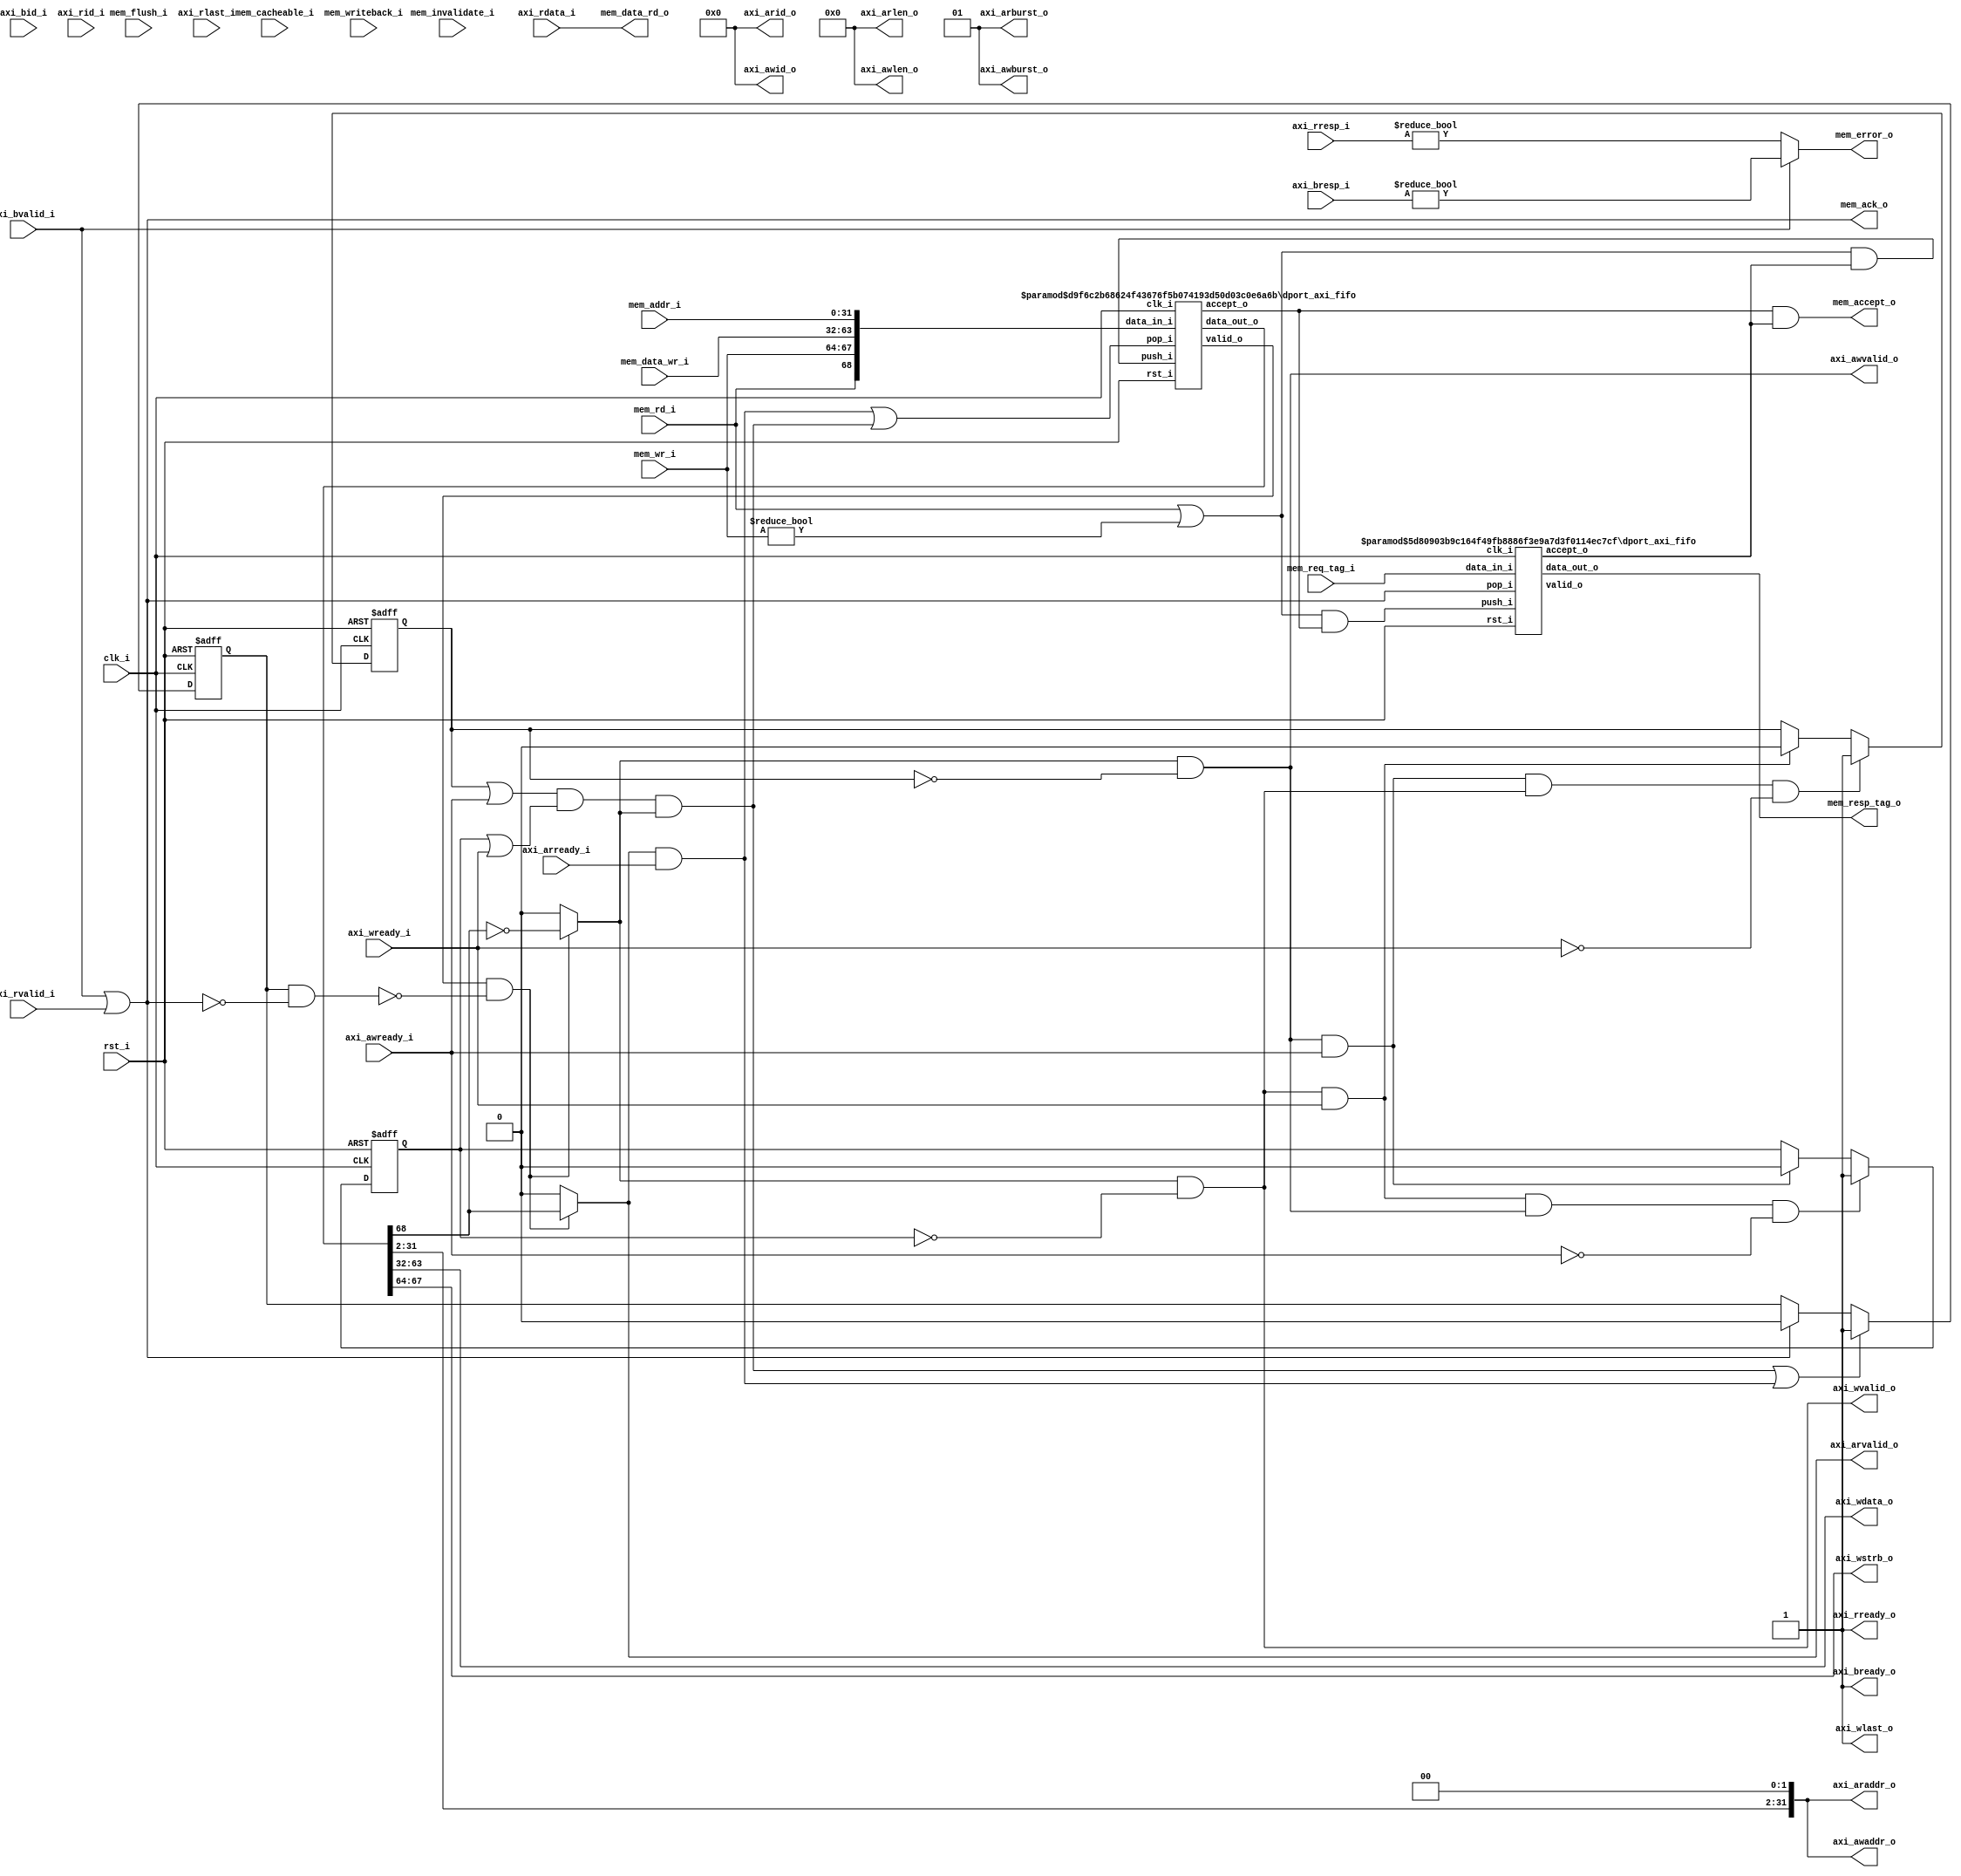
//-----------------------------------------------------------------
//                         RISC-V Top
//                            V0.6
//                     Ultra-Embedded.com
//                     Copyright 2014-2019
//
//                   admin@ultra-embedded.com
//
//                       License: BSD
//-----------------------------------------------------------------
//
// Copyright (c) 2014, Ultra-Embedded.com
// All rights reserved.
// 
// Redistribution and use in source and binary forms, with or without
// modification, are permitted provided that the following conditions 
// are met:
//   - Redistributions of source code must retain the above copyright
//     notice, this list of conditions and the following disclaimer.
//   - Redistributions in binary form must reproduce the above copyright
//     notice, this list of conditions and the following disclaimer 
//     in the documentation and/or other materials provided with the 
//     distribution.
//   - Neither the name of the author nor the names of its contributors 
//     may be used to endorse or promote products derived from this 
//     software without specific prior written permission.
// 
// THIS SOFTWARE IS PROVIDED BY THE COPYRIGHT HOLDERS AND CONTRIBUTORS 
// "AS IS" AND ANY EXPRESS OR IMPLIED WARRANTIES, INCLUDING, BUT NOT 
// LIMITED TO, THE IMPLIED WARRANTIES OF MERCHANTABILITY AND FITNESS FOR 
// A PARTICULAR PURPOSE ARE DISCLAIMED. IN NO EVENT SHALL THE AUTHOR BE 
// LIABLE FOR ANY DIRECT, INDIRECT, INCIDENTAL, SPECIAL, EXEMPLARY, OR 
// CONSEQUENTIAL DAMAGES (INCLUDING, BUT NOT LIMITED TO, PROCUREMENT OF 
// SUBSTITUTE GOODS OR SERVICES; LOSS OF USE, DATA, OR PROFITS; OR 
// BUSINESS INTERRUPTION) HOWEVER CAUSED AND ON ANY THEORY OF 
// LIABILITY, WHETHER IN CONTRACT, STRICT LIABILITY, OR TORT
// (INCLUDING NEGLIGENCE OR OTHERWISE) ARISING IN ANY WAY OUT OF 
// THE USE OF THIS SOFTWARE, EVEN IF ADVISED OF THE POSSIBILITY OF 
// SUCH DAMAGE.
//-----------------------------------------------------------------

//-----------------------------------------------------------------
//                          Generated File
//-----------------------------------------------------------------
module dport_axi
(
    // Inputs
     input           clk_i
    ,input           rst_i
    ,input  [ 31:0]  mem_addr_i
    ,input  [ 31:0]  mem_data_wr_i
    ,input           mem_rd_i
    ,input  [  3:0]  mem_wr_i
    ,input           mem_cacheable_i
    ,input  [ 10:0]  mem_req_tag_i
    ,input           mem_invalidate_i
    ,input           mem_writeback_i
    ,input           mem_flush_i
    ,input           axi_awready_i
    ,input           axi_wready_i
    ,input           axi_bvalid_i
    ,input  [  1:0]  axi_bresp_i
    ,input  [  3:0]  axi_bid_i
    ,input           axi_arready_i
    ,input           axi_rvalid_i
    ,input  [ 31:0]  axi_rdata_i
    ,input  [  1:0]  axi_rresp_i
    ,input  [  3:0]  axi_rid_i
    ,input           axi_rlast_i

    // Outputs
    ,output [ 31:0]  mem_data_rd_o
    ,output          mem_accept_o
    ,output          mem_ack_o
    ,output          mem_error_o
    ,output [ 10:0]  mem_resp_tag_o
    ,output          axi_awvalid_o
    ,output [ 31:0]  axi_awaddr_o
    ,output [  3:0]  axi_awid_o
    ,output [  7:0]  axi_awlen_o
    ,output [  1:0]  axi_awburst_o
    ,output          axi_wvalid_o
    ,output [ 31:0]  axi_wdata_o
    ,output [  3:0]  axi_wstrb_o
    ,output          axi_wlast_o
    ,output          axi_bready_o
    ,output          axi_arvalid_o
    ,output [ 31:0]  axi_araddr_o
    ,output [  3:0]  axi_arid_o
    ,output [  7:0]  axi_arlen_o
    ,output [  1:0]  axi_arburst_o
    ,output          axi_rready_o
);





//-------------------------------------------------------------
// Description:
// Bridges between dcache_if -> AXI4/AXI4-Lite.
// Allows 1 outstanding transaction, but can buffer upto 
// REQUEST_BUFFER dache_if requests before back-pressuring.
//-------------------------------------------------------------

//-------------------------------------------------------------
// Request FIFO
//-------------------------------------------------------------
// Accepts from both FIFOs
wire          res_accept_w;
wire          req_accept_w;

// Output accept
wire          write_complete_w;
wire          read_complete_w;

reg           request_pending_q;

wire          req_pop_w   = read_complete_w | write_complete_w;
wire          req_valid_w;
wire [69-1:0] req_w;

// Push on transaction and other FIFO not full
wire          req_push_w   = (mem_rd_i || mem_wr_i != 4'b0) && res_accept_w;

dport_axi_fifo
#( 
    .WIDTH(32+32+4+1),
    .DEPTH(2),
    .ADDR_W(1)
)
u_req
(
    .clk_i(clk_i),
    .rst_i(rst_i),

    // Input side
    .data_in_i({mem_rd_i, mem_wr_i, mem_data_wr_i, mem_addr_i}),
    .push_i(req_push_w),
    .accept_o(req_accept_w),

    // Outputs
    .valid_o(req_valid_w),
    .data_out_o(req_w),
    .pop_i(req_pop_w)
);

assign mem_accept_o = req_accept_w & res_accept_w;

//-------------------------------------------------------------
// Response Tracking FIFO
//-------------------------------------------------------------
// Push on transaction and other FIFO not full
wire res_push_w = (mem_rd_i || mem_wr_i != 4'b0) && req_accept_w;

dport_axi_fifo
#( 
    .WIDTH(11),
    .DEPTH(2),
    .ADDR_W(1)
)
u_resp
(
    .clk_i(clk_i),
    .rst_i(rst_i),

    // Input side
    .data_in_i(mem_req_tag_i),
    .push_i(res_push_w),
    .accept_o(res_accept_w),

    // Outputs
    .valid_o(), // UNUSED
    .data_out_o(mem_resp_tag_o),
    .pop_i(mem_ack_o)
);

assign mem_ack_o   = axi_bvalid_i || axi_rvalid_i;
assign mem_error_o = axi_bvalid_i ? (axi_bresp_i != 2'b0) : (axi_rresp_i != 2'b0);

wire request_in_progress_w = request_pending_q & !mem_ack_o;

//-------------------------------------------------------------
// Write Request
//-------------------------------------------------------------
wire req_is_read_w  = ((req_valid_w & !request_in_progress_w) ? req_w[68] : 1'b0);
wire req_is_write_w = ((req_valid_w & !request_in_progress_w) ? ~req_w[68] : 1'b0);

reg awvalid_inhibit_q;
reg wvalid_inhibit_q;

always @ (posedge clk_i or posedge rst_i)
if (rst_i)
    awvalid_inhibit_q <= 1'b0;
else if (axi_awvalid_o && axi_awready_i && axi_wvalid_o && !axi_wready_i)
    awvalid_inhibit_q <= 1'b1;
else if (axi_wvalid_o && axi_wready_i)
    awvalid_inhibit_q <= 1'b0;

always @ (posedge clk_i or posedge rst_i)
if (rst_i)
    wvalid_inhibit_q <= 1'b0;
else if (axi_wvalid_o && axi_wready_i && axi_awvalid_o && !axi_awready_i)
    wvalid_inhibit_q <= 1'b1;
else if (axi_awvalid_o && axi_awready_i)
    wvalid_inhibit_q <= 1'b0;

assign axi_awvalid_o = req_is_write_w && !awvalid_inhibit_q;
assign axi_awaddr_o  = {req_w[31:2], 2'b0};
assign axi_wvalid_o  = req_is_write_w && !wvalid_inhibit_q;
assign axi_wdata_o   = req_w[63:32];
assign axi_wstrb_o   = req_w[67:64];
assign axi_awid_o    = 4'd0;
assign axi_awlen_o   = 8'b0;
assign axi_awburst_o = 2'b01;
assign axi_wlast_o   = 1'b1;

assign axi_bready_o  = 1'b1;

assign write_complete_w = (awvalid_inhibit_q || axi_awready_i) &&
                          (wvalid_inhibit_q || axi_wready_i) && req_is_write_w;

//-------------------------------------------------------------
// Read Request
//-------------------------------------------------------------
assign axi_arvalid_o = req_is_read_w;
assign axi_araddr_o  = {req_w[31:2], 2'b0};
assign axi_arid_o    = 4'd0;
assign axi_arlen_o   = 8'b0;
assign axi_arburst_o = 2'b01;

assign axi_rready_o  = 1'b1;

assign mem_data_rd_o = axi_rdata_i;

assign read_complete_w = axi_arvalid_o && axi_arready_i;

//-------------------------------------------------------------
// Outstanding Request Tracking
//-------------------------------------------------------------
always @ (posedge clk_i or posedge rst_i)
if (rst_i)
    request_pending_q <= 1'b0;
else if (write_complete_w || read_complete_w)
    request_pending_q <= 1'b1;
else if (mem_ack_o)
    request_pending_q <= 1'b0;

endmodule

//-----------------------------------------------------------------
// dport_axi_fifo: FIFO
//-----------------------------------------------------------------
module dport_axi_fifo
//-----------------------------------------------------------------
// Params
//-----------------------------------------------------------------
#(
    parameter WIDTH   = 8,
    parameter DEPTH   = 2,
    parameter ADDR_W  = 1
)
//-----------------------------------------------------------------
// Ports
//-----------------------------------------------------------------
(
    // Inputs
     input               clk_i
    ,input               rst_i
    ,input  [WIDTH-1:0]  data_in_i
    ,input               push_i
    ,input               pop_i

    // Outputs
    ,output [WIDTH-1:0]  data_out_o
    ,output              accept_o
    ,output              valid_o
);

//-----------------------------------------------------------------
// Local Params
//-----------------------------------------------------------------
localparam COUNT_W = ADDR_W + 1;

//-----------------------------------------------------------------
// Registers
//-----------------------------------------------------------------
reg [WIDTH-1:0]   ram_q[DEPTH-1:0];
reg [ADDR_W-1:0]  rd_ptr_q;
reg [ADDR_W-1:0]  wr_ptr_q;
reg [COUNT_W-1:0] count_q;

//-----------------------------------------------------------------
// Sequential
//-----------------------------------------------------------------
always @ (posedge clk_i or posedge rst_i)
if (rst_i)
begin
    count_q   <= {(COUNT_W) {1'b0}};
    rd_ptr_q  <= {(ADDR_W) {1'b0}};
    wr_ptr_q  <= {(ADDR_W) {1'b0}};
end
else
begin
    // Push
    if (push_i & accept_o)
    begin
        ram_q[wr_ptr_q] <= data_in_i;
        wr_ptr_q        <= wr_ptr_q + 1;
    end

    // Pop
    if (pop_i & valid_o)
        rd_ptr_q      <= rd_ptr_q + 1;

    // Count up
    if ((push_i & accept_o) & ~(pop_i & valid_o))
        count_q <= count_q + 1;
    // Count down
    else if (~(push_i & accept_o) & (pop_i & valid_o))
        count_q <= count_q - 1;
end

//-------------------------------------------------------------------
// Combinatorial
//-------------------------------------------------------------------
/* verilator lint_off WIDTH */
assign valid_o       = (count_q != 0);
assign accept_o      = (count_q != DEPTH);
/* verilator lint_on WIDTH */

assign data_out_o    = ram_q[rd_ptr_q];



endmodule